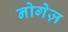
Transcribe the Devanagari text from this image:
नोगेज़